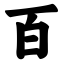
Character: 百